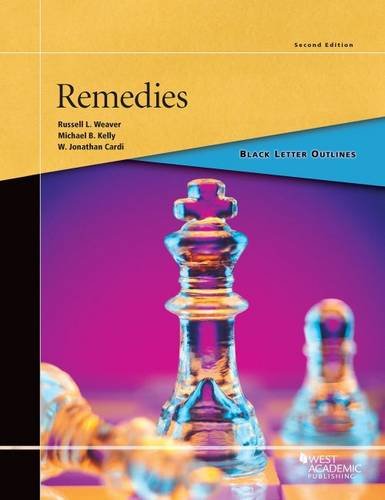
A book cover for Black Letter Outline on Remedies; Russell Weaver; Law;